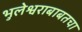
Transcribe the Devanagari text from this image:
भुलेश्वराबाबतचा